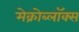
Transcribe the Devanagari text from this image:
मेक्रोब्लॉक्स